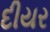
દીયર